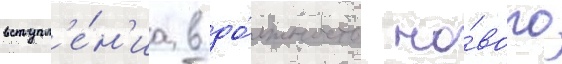
вступл'е́н'иа в до́лжность но́вого